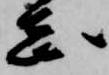
志